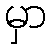
မှာ